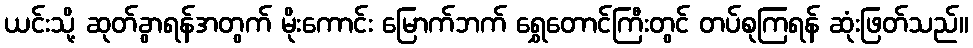
ယင်းသို့ ဆုတ်ခွာရန်အတွက် မိုးကောင်း မြောက်ဘက် ရွှေတောင်ကြီးတွင် တပ်စုကြရန် ဆုံးဖြတ်သည်။